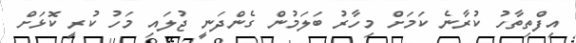
އިފްތިތާހު ކުރާނެ ކަމަށް މިހާރު ބަލަމުން ގެންދަނީ ޖުލައި މަހު ކުރީ ކޮޅަށް